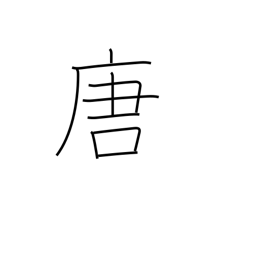
Meaning: T'ang